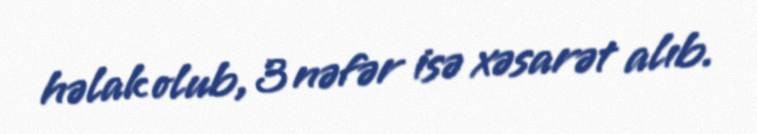
həlak olub, 3 nəfər isə xəsarət alıb.